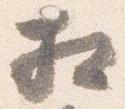
相